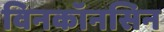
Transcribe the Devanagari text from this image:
विनकॉनसिन